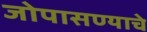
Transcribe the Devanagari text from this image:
जोपासण्याचे